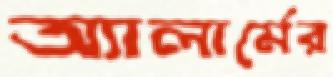
অ্যালার্মের